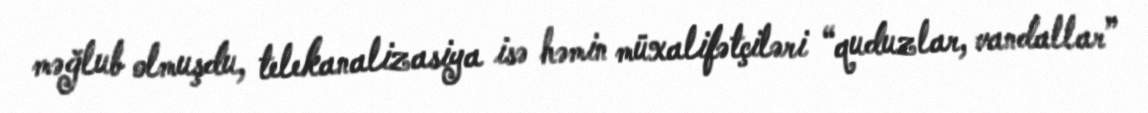
məğlub olmuşdu, telekanalizasiya isə həmin müxalifətçiləri “quduzlar, vandallar”